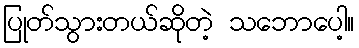
ပြုတ်သွားတယ်ဆိုတဲ့ သဘောပေါ့။